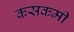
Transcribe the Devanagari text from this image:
कसकमी